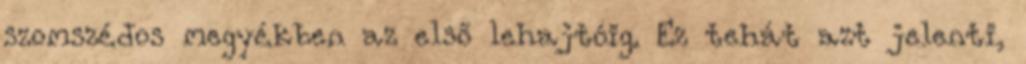
szomszédos megyékben az első lehajtóig. Ez tehát azt jelenti,